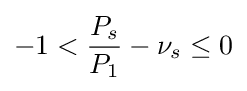
-1<{\frac {P_{s}}{P_{1}}}-\nu _{s}\leq 0